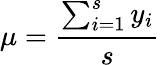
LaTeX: \mu=\frac{\sum_{i=1}^{s}{y_{i}}}{s}